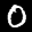
Label: 0